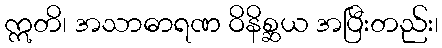
ဣတိ၊ အသာဓာရဏ ဝိနိစ္ဆယ အပြီးတည်း၊